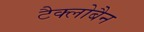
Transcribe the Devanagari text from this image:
टैक्लोबैन